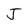
Character: J